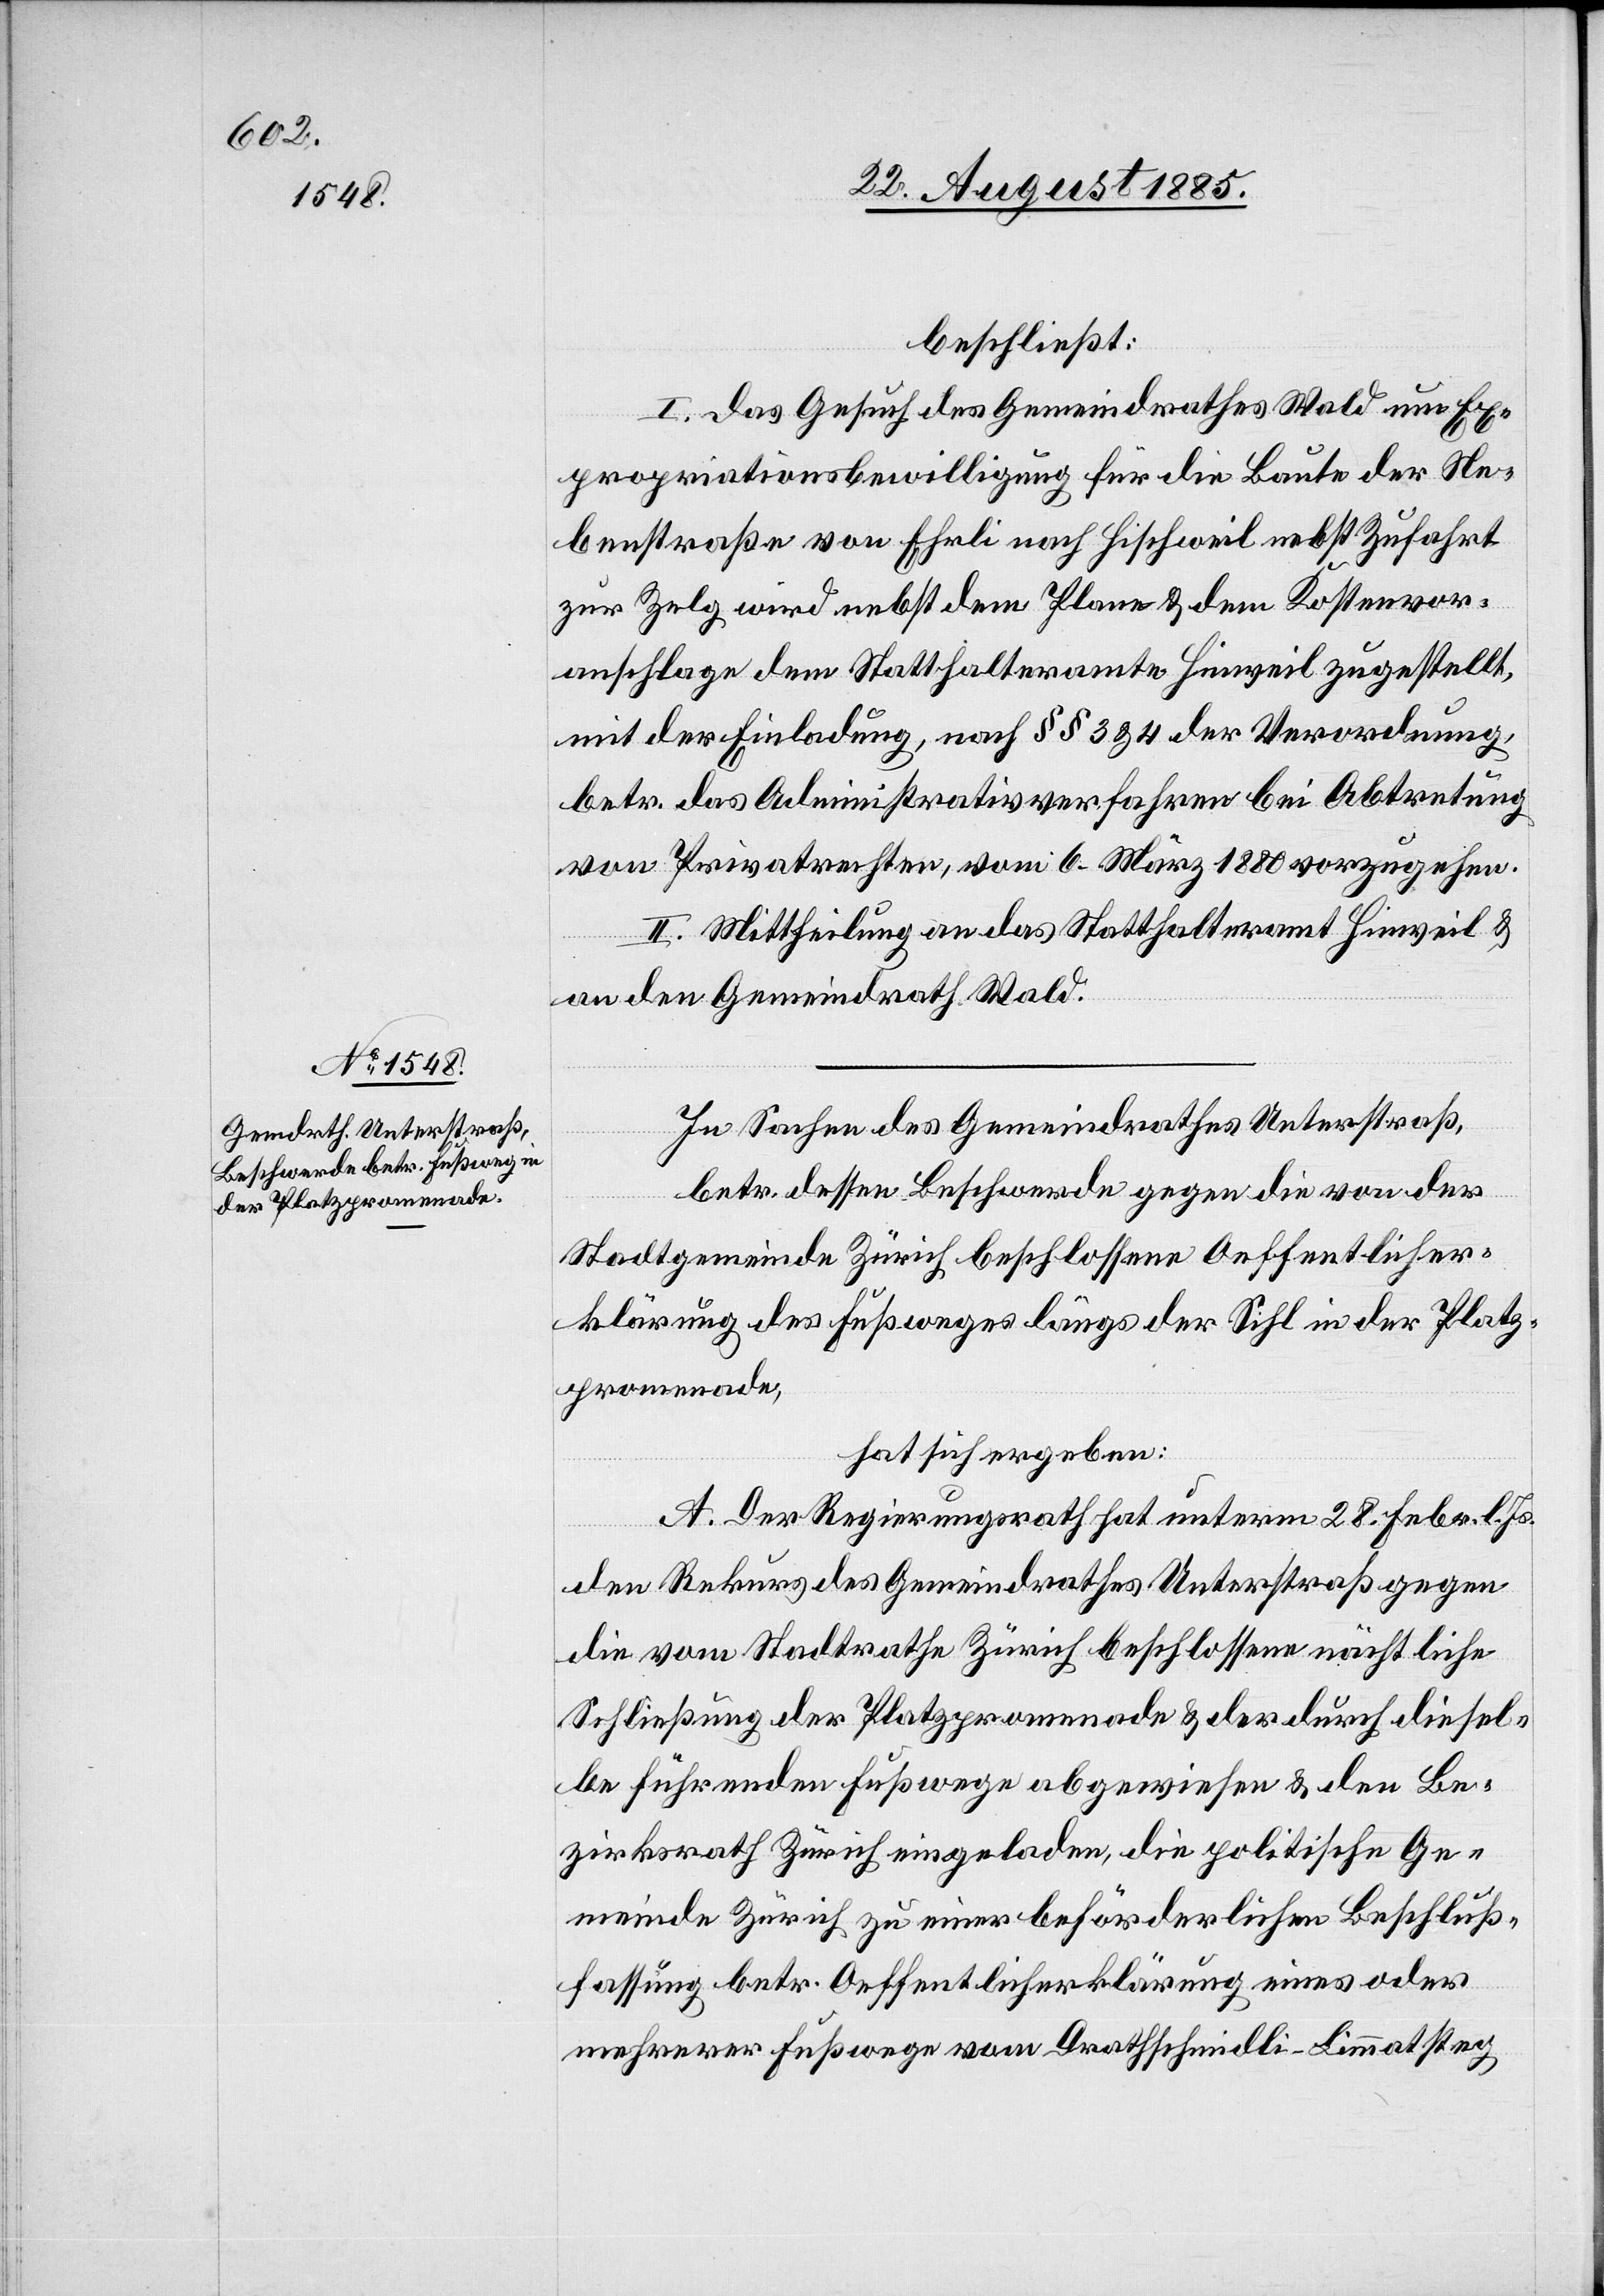
beschließt:
I. Das Gesuch des Gemeindrathes Wald um Ex¬
propriationsbewilligung für die Baute der Ne¬
benstraße von Ehrli nach Hischweil nebst Zufahrt
zur Zelg wird nebst dem Plane & dem Kostenvor¬
anschlage dem Statthalteramte Hinweil zugestellt,
mit der Einladung nach §§ 3 & 4 der Verordnung,
betr. das Administrativverfahren bei Abtretung
von Privatrechten, vom 6. März 1880 vorzugehen.
II. Mittheilung an das Statthalteramt Hinweil &
an den Gemeindrath Wald.
In Sachen des Gemeindrathes Unterstraß,
betr. dessen Beschwerde gegen die von der
Stadtgemeinde Zürich beschlossene Oeffentlicher¬
klärung des Fußweges längs der Sihl in der Platz¬
promenade,
hat sich ergeben:
A. Der Regierungsrath hat unterm 28. Febr. l.
den Rekurs des Gemeindrathes Unterstraß gegen
die vom Stadtrathe Zürich beschlossene nächtliche
Schließung der Platzpromenade & der durch diesel¬
be führenden Fußwege abgewiesen & den Be¬
zirksrath Zürich eingeladen, die politische Ge¬
meinde Zürich zu einer beförderlichen Beschluß¬
fassung betr. Oeffentlicherklärung eines oder
mehrerer Fußwege vom Drathschmidli-Limmatsteg